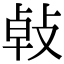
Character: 㪕